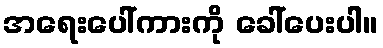
အရေးပေါ်ကားကို ခေါ်ပေးပါ။